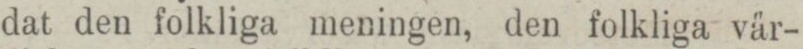
dat den folkliga meningen, den folkliga vär-